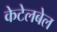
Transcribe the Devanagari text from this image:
केटेलबेल